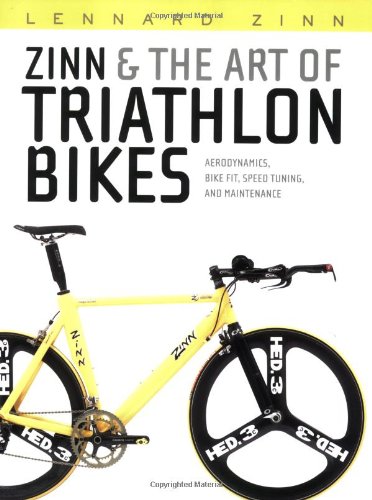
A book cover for Zinn & the Art of Triathlon Bikes: Aerodynamics, Bike Fit, Speed Tuning, and Maintenance; Lennard Zinn; Health, Fitness & Dieting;